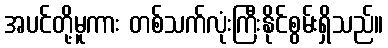
အပင်တို့မူကား တစ်သက်လုံးကြီးနိုင်စွမ်းရှိသည်။